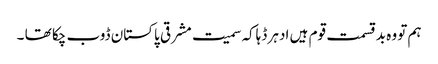
ہم تو وہ بدقسمت قوم ہیں ادہر ڈہاکہ سمیت مشرقی پاکستان ڈوب چکا تھا ۔